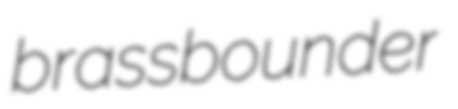
brassbounder